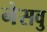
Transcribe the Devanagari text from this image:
नेसवु